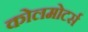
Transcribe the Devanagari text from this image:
कोलमोटर्स